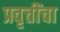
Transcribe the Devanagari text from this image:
प्रवृत्तींचा